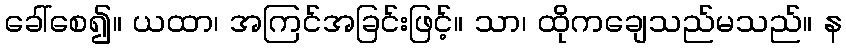
ခေါ်စေ၍။ ယထာ၊ အကြင်အခြင်းဖြင့်။ သာ၊ ထိုကချေသည်မသည်။ န